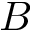
B